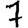
Digit: 7